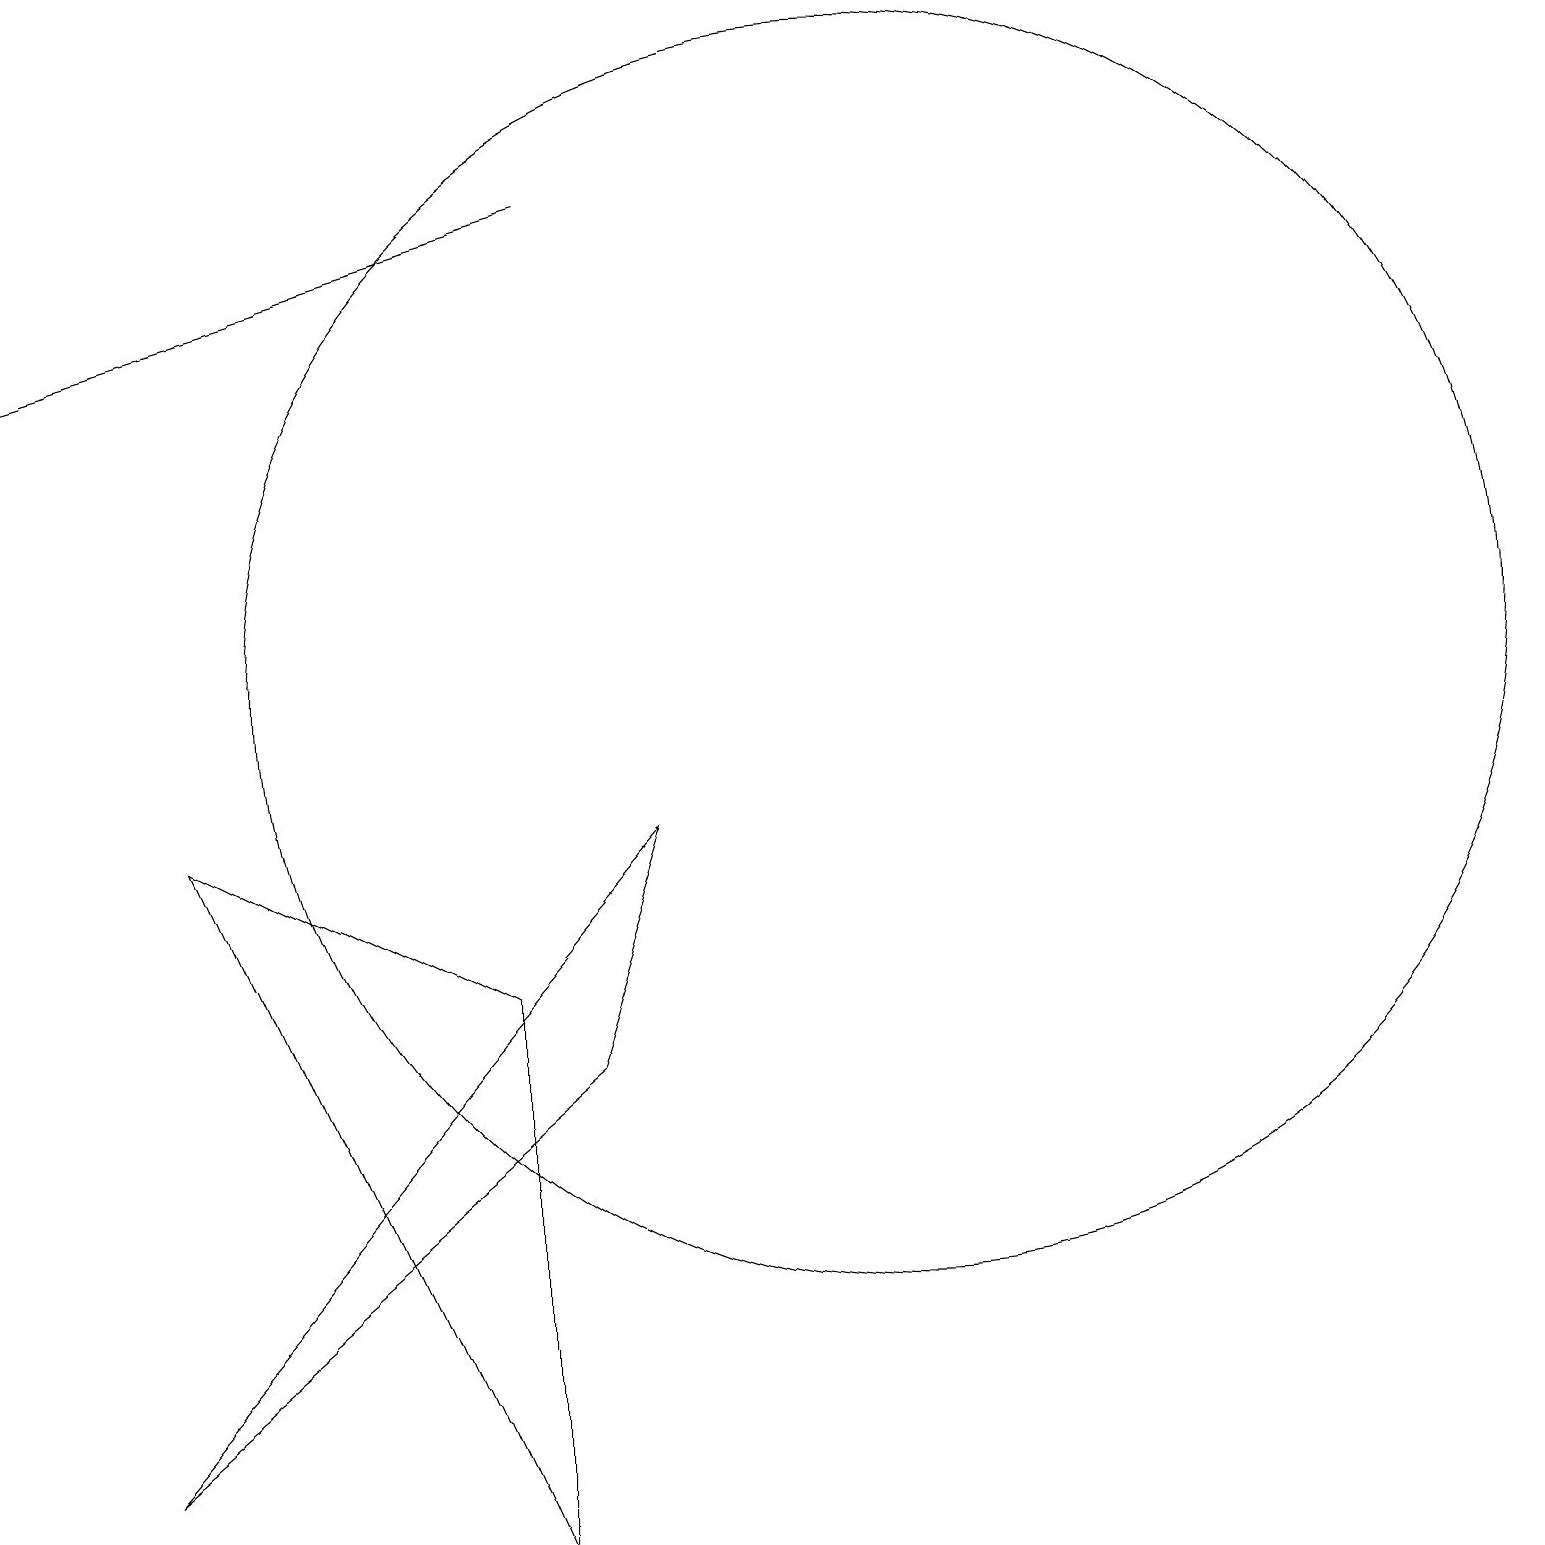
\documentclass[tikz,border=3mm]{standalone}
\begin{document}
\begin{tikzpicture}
\draw (3,9) -- (7,7) -- (7,0) -- cycle;
\draw (12,11) circle (8);
\draw (2,1) -- (8,6) -- (9,9) -- cycle;
\draw[->] (8,17) -- (1,15);
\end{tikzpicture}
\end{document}